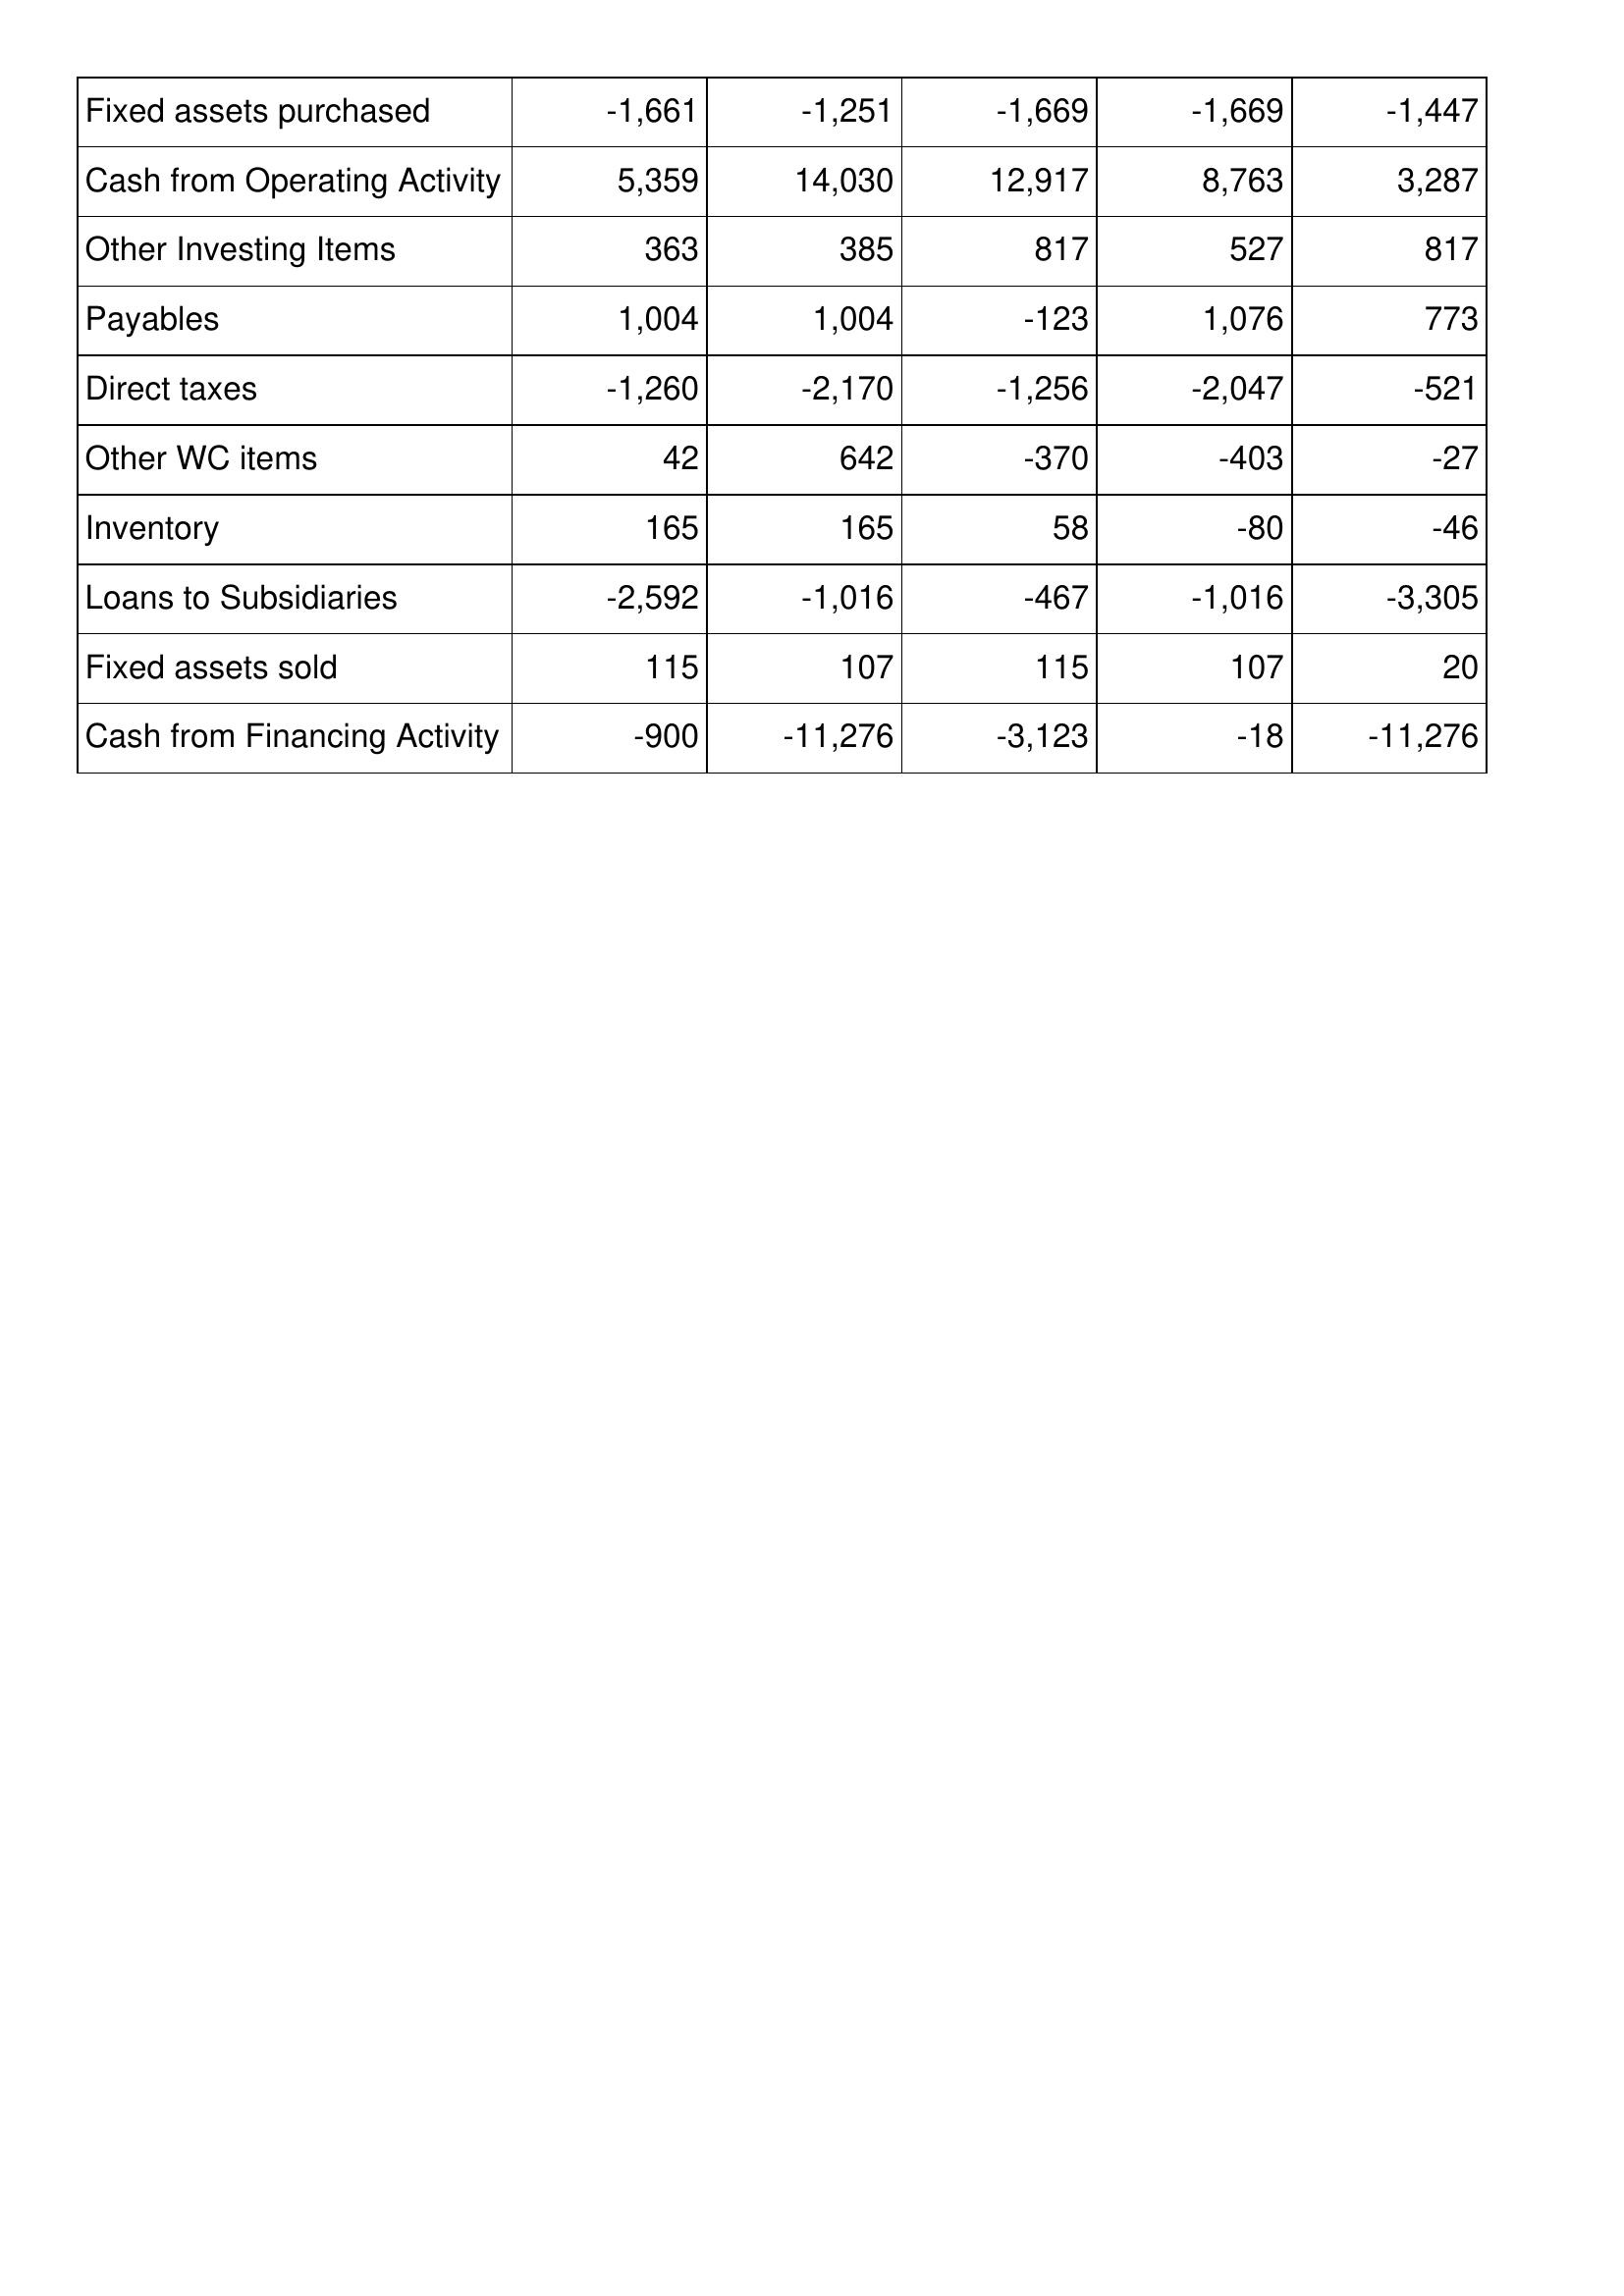
Oct-14: Cash Flows: Fixed assets purchased: -1,661
Cash from Operating Activity: 5,359
Other Investing Items: 363
Payables: 1,004
Direct taxes: -1,260
Other WC items: 42
Inventory: 165
Loans to Subsidiaries: -2,592
Fixed assets sold: 115
Cash from Financing Activity: -900
Oct-13: Cash Flows: Fixed assets purchased: -1,251
Cash from Operating Activity: 14,030
Other Investing Items: 385
Payables: 1,004
Direct taxes: -2,170
Other WC items: 642
Inventory: 165
Loans to Subsidiaries: -1,016
Fixed assets sold: 107
Cash from Financing Activity: -11,276
Oct-12: Cash Flows: Fixed assets purchased: -1,669
Cash from Operating Activity: 12,917
Other Investing Items: 817
Payables: -123
Direct taxes: -1,256
Other WC items: -370
Inventory: 58
Loans to Subsidiaries: -467
Fixed assets sold: 115
Cash from Financing Activity: -3,123
Oct-11: Cash Flows: Fixed assets purchased: -1,669
Cash from Operating Activity: 8,763
Other Investing Items: 527
Payables: 1,076
Direct taxes: -2,047
Other WC items: -403
Inventory: -80
Loans to Subsidiaries: -1,016
Fixed assets sold: 107
Cash from Financing Activity: -18
Oct-10: Cash Flows: Fixed assets purchased: -1,447
Cash from Operating Activity: 3,287
Other Investing Items: 817
Payables: 773
Direct taxes: -521
Other WC items: -27
Inventory: -46
Loans to Subsidiaries: -3,305
Fixed assets sold: 20
Cash from Financing Activity: -11,276